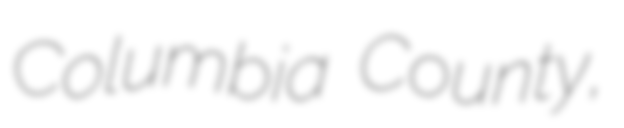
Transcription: Columbia County,